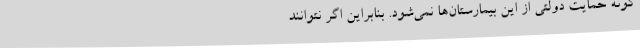
گونه حمایت دولتی از این بیمارستان‌ها نمی‌شود. بنابراین اگر نتوانند